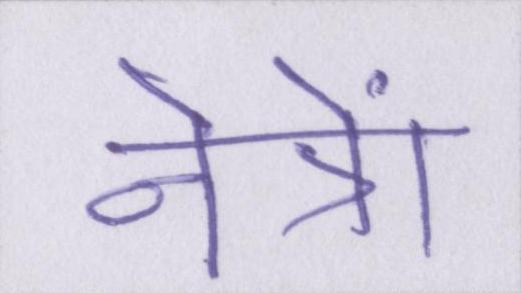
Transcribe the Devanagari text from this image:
नेत्रों